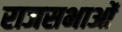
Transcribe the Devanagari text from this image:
राजसभाओं